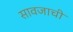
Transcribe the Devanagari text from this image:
सावजाची